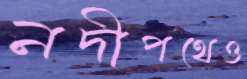
নদীপথেও